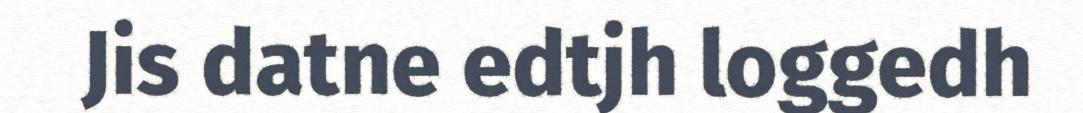
Jis datne edtjh loggedh